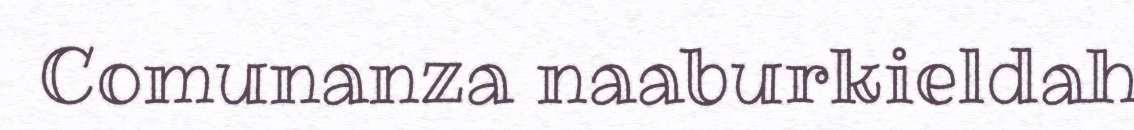
Comunanza naaburkieldah